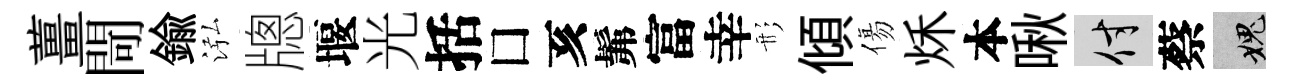
薑閜鍮泓牕堰光括□亥髴富幸形傾傷秌本啾付蔡愧